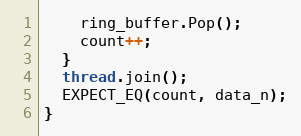
Language: C++
    ring_buffer.Pop();
    count++;
  }
  thread.join();
  EXPECT_EQ(count, data_n);
}